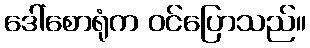
ဒေါ်စောရုံက ဝင်ပြောသည်။